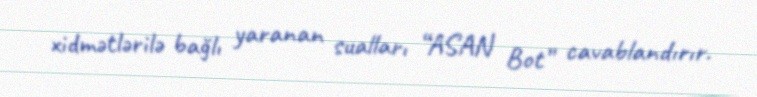
xidmətlərilə bağlı yaranan sualları “ASAN Bot” cavablandırır.